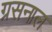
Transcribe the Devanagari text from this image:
ग्रसनाल